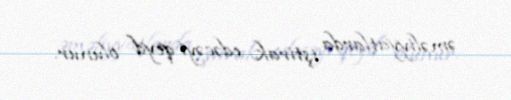
əməliyyatlarda iştirak edəcəyi qeyd olunur.